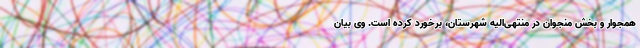
همجوار و بخش منجوان در منتهی‌الیه شهرستان، برخورد کرده است. وی بیان